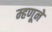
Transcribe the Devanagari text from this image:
म्हणूने